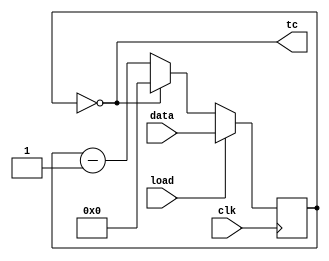
module timer (
    input           clk,
    input           load,
    input   [9 : 0] data,
    output          tc
);

    reg [9 : 0] cnt;

    always@(posedge clk) begin
        if (load)           cnt <= data;
        else if (cnt == 0)  cnt <= 0;
        else                cnt <= cnt - 1'b1;
    end

    assign tc = (cnt == 0);

endmodule